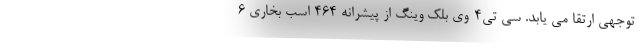
توجهی ارتقا می یابد. سی تی4-وی بلک وینگ از پیشرانه 464 اسب بخاری 6